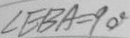
\angle E B A = 9 0 ^ { \circ }